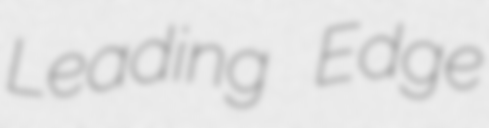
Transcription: Leading Edge